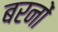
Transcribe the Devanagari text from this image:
बरनों